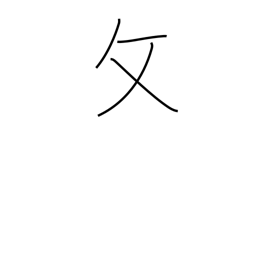
Meaning: folding chair radical variant (no. 66)